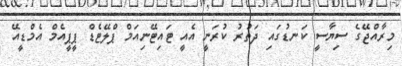
މިރާއްޖޭގެ ސިޔާސީ ކަނޑުގައި ދަތުރު ކުރަނީ އެއީ ޓައިޓޭނިއަމް ޕްލޭޓެޑް ޕީޕީއެމް އެމްޑީއޭ